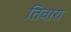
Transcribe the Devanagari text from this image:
तिवारा